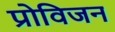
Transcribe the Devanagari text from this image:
प्रोविजन